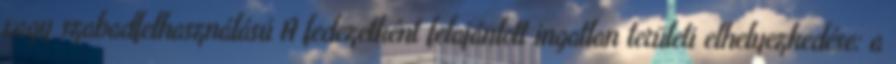
vagy szabadfelhasználású A fedezetként felajánlott ingatlan területi elhelyezkedése: a